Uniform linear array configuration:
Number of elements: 24
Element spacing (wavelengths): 0.25
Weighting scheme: cosine
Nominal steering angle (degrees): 45
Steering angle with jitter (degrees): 44.36
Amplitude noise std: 0.05
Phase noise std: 0.05

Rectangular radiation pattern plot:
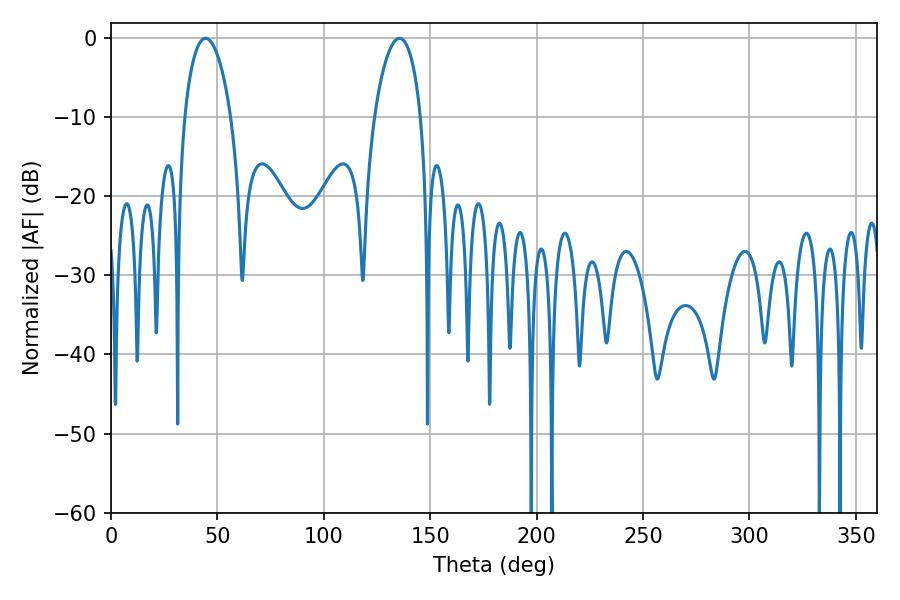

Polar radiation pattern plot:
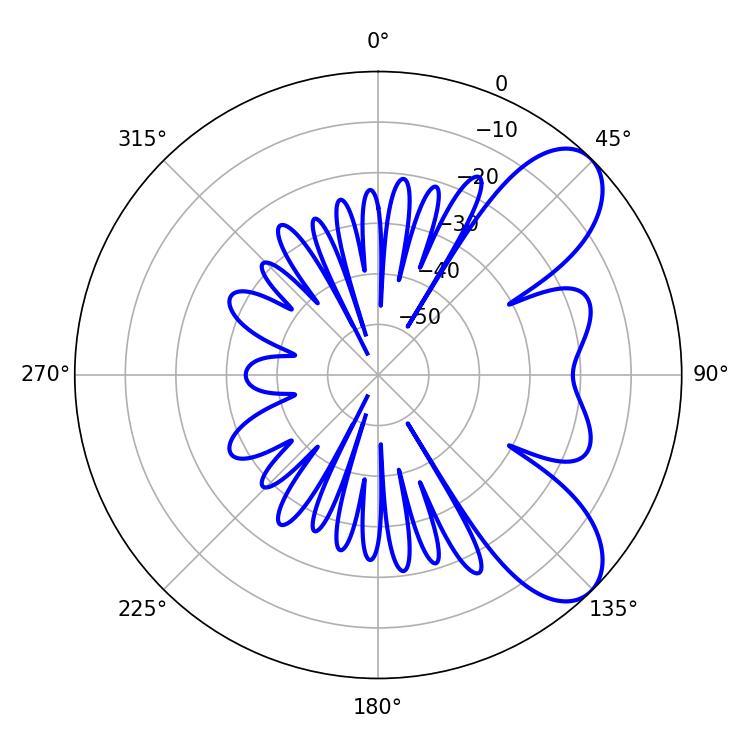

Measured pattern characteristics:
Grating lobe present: FALSE
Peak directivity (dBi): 7.782
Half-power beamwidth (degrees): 12.42
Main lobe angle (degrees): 44.46